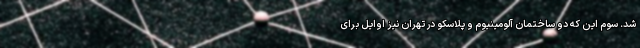
شد. سوم این که دو ساختمان آلومینیوم و پلاسکو در تهران نیز اوایل برای